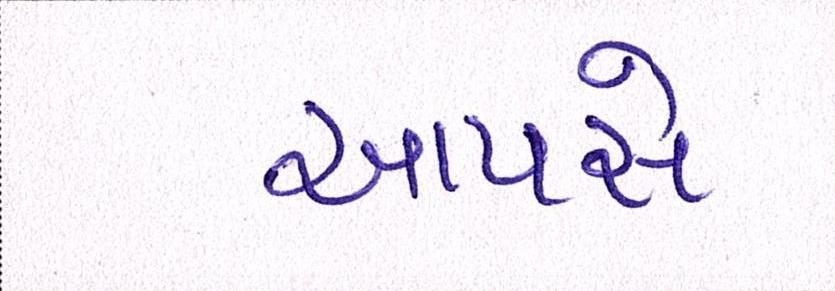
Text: આપસે